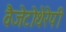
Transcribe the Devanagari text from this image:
वैजेटोथेरेपी